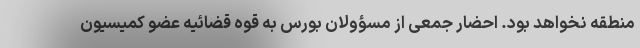
منطقه نخواهد بود. احضار جمعی از مسؤولان بورس به قوه قضائیه عضو کمیسیون